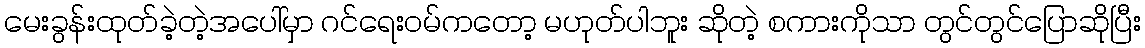
မေးခွန်းထုတ်ခဲ့တဲ့အပေါ်မှာ ဂင်ရေးဝမ်ကတော့ မဟုတ်ပါဘူး ဆိုတဲ့ စကားကိုသာ တွင်တွင်ပြောဆိုပြီး